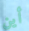
أين